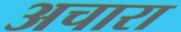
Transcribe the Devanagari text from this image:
अचारा